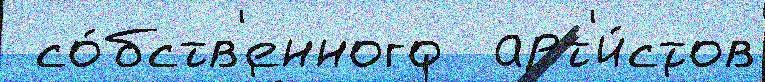
 со́бств'енного  арт'и́стов